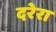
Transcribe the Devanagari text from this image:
दरेरा